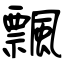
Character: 飄